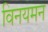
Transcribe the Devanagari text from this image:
विनयमन